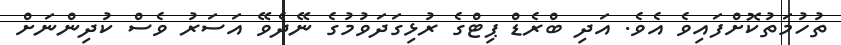
ތުހުމަތުކޮށްފައިވެ އެވެ. އަދި ބްރެޑް ޕިޓްގެ ރުޅިގަދަވުމުގެ ނޭދެވޭ އަސަރު ވެސް ކުދިންނަށް